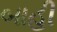
બાહી